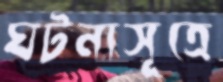
ঘটনাসূত্রে